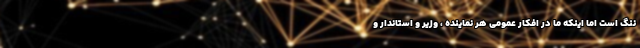
ننگ است اما اینکه ما در افکار عمومی هر نماینده ، وزیر و استاندار و